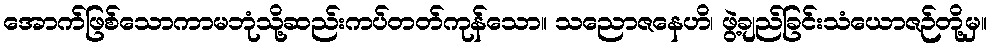
အောက်ဖြစ်သောကာမဘုံသို့ဆည်းကပ်တတ်ကုန်သော။ သညောဇနေဟိ၊ ဖွဲ့ချည်ခြင်းသံယောဇဉ်တို့မှ။